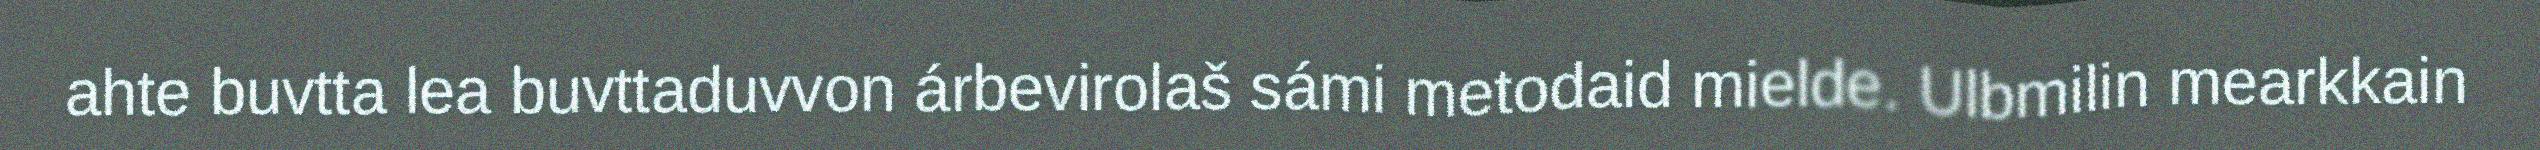
ahte buvtta lea buvttaduvvon árbevirolaš sámi metodaid mielde. Ulbmilin mearkkain